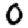
Digit: 0